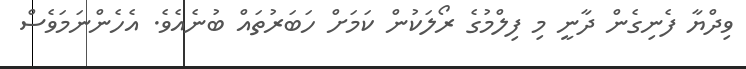
ވިދްޔާ ފެނިގެން ދާނީ މި ފިލްމުގެ ރޯލަކުން ކަމަށް ހަބަރުތައް ބުނެއެވެ. އެހެންނަމަވެސް